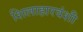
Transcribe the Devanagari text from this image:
शिलाहारवंशी